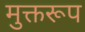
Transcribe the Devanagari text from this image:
मुक्तरूप